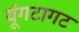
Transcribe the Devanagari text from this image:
यूंगटागट